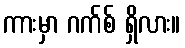
ကားမှာ ဂက်စ် ရှိလား။